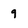
Character: 9